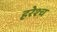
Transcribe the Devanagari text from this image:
हरेश्च